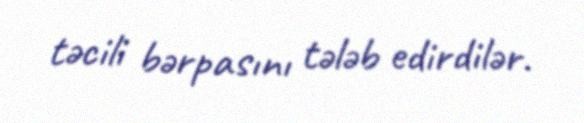
təcili bərpasını tələb edirdilər.